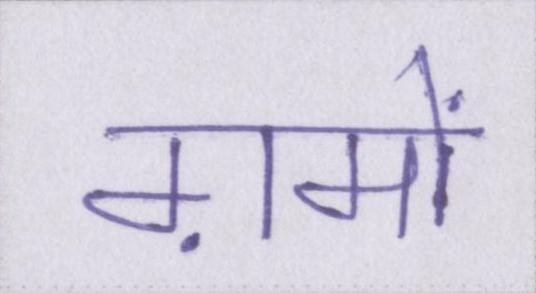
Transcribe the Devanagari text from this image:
ग़मों